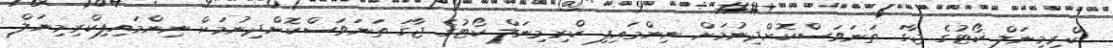
ކްރިމިނަލް ކޯޓުގެ ޖާގަ ތަނަވަސްކޮށްދިނުމަށް ނިންމައިފި ކްރިމިނަލް ކޯޓުގެ ޖާގަ ތަނަވަސްކޮށްދިނުމަށް ނިންމައިފިކްރިމިނަލް